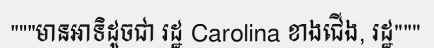
"""មានអាទិដូចជា រដ្ឋ Carolina ខាងជើង, រដ្ឋ"""